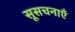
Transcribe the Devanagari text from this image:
सूसचनाएँ